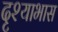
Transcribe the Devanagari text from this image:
दृश्याभास